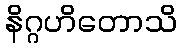
နိဂ္ဂဟိတောသိ